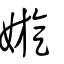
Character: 嫙